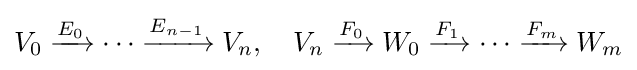
V_{0}\xrightarrow {E_{0}} \cdots \xrightarrow {E_{n-1}} V_{n},\quad V_{n}\xrightarrow {F_{0}} W_{0}\xrightarrow {F_{1}} \cdots \xrightarrow {F_{m}} W_{m}